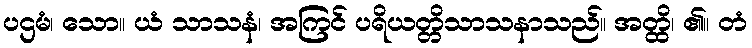
ပဌမံ၊ သော။ ယံ သာသနံ၊ အကြင် ပရိယတ္တိသာသနာသည်။ အတ္ထိ၊ ၏။ တံ